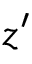
z ^ { \prime }